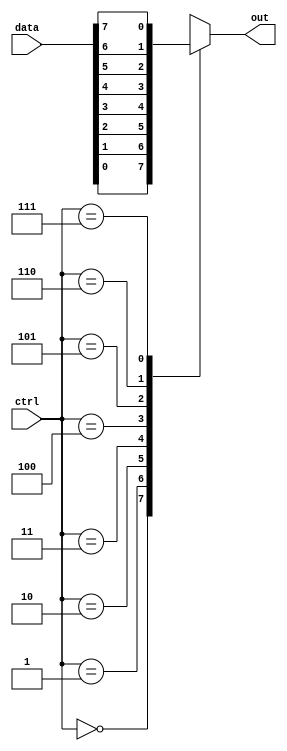
module mux_8to1 (
    input [7:0] data,
    input [2:0] ctrl,
    output reg out
);

always @ (data or ctrl)
begin
    case (ctrl)
        3'b000: out = data[0];
        3'b001: out = data[1];
        3'b010: out = data[2];
        3'b011: out = data[3];
        3'b100: out = data[4];
        3'b101: out = data[5];
        3'b110: out = data[6];
        3'b111: out = data[7];
        default: out = 1'b0; // Default output is 0
    endcase
end

endmodule